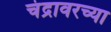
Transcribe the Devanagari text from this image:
चंद्रावरच्या